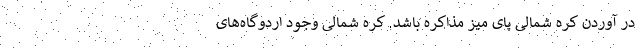
در آوردن کره شمالی پای میز مذاکره باشد. کره شمالی وجود اردوگاه‌های